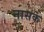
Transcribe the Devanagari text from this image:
नासकं